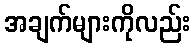
အချက်များကိုလည်း